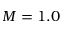
M = 1 . 0